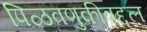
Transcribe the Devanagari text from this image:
पिळवणुकीबद्दल